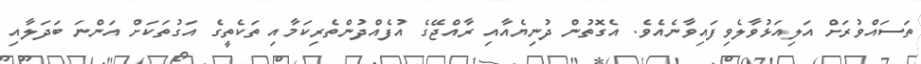
ތަސައްވުރަށް އަލިއަޅުވާލެވިފައިވާނެއެވެ. އެގޮތުން ދުނިޔެއާއި ރާއްޖޭގެ އުފެއްދުންތެރިކަމާއި ތަކެތީގެ އަގުތަކަށް އަންނަ ބަދަލާއި